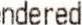
NDERED